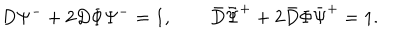
D \Psi ^ { - } + 2 D \Phi \Psi ^ { - } = 1 , \qquad \bar { D } \bar { \Psi } ^ { + } + 2 \bar { D } \Phi \bar { \Psi } ^ { + } = 1 .